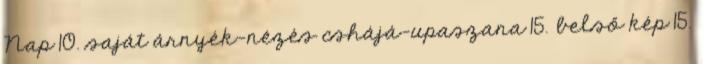
Nap 10. saját árnyék-nézés cshájá-upaszana 15. belső kép 15.